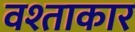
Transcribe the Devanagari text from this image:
वश्ताकार